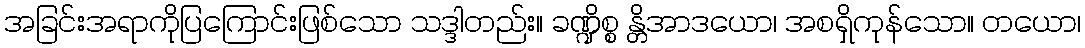
အခြင်းအရာကိုပြကြောင်းဖြစ်သော သဒ္ဒါတည်း။ ခဏ္ဍိစ္စ န္တိအာဒယော၊ အစရှိကုန်သော။ တယော၊